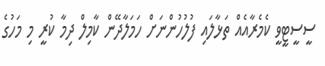
ސީސީޓީވީ ކެމެރާއެއް ތަޅާލައި ފުލުހުންނަށް ހަމަލާދޭން ކާމިލް ދިމާ ކުރީ މި މަހުގެ